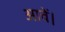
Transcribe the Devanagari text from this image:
आवें।